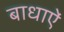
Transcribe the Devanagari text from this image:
बाधाऐं